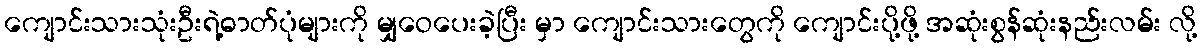
ကျောင်းသားသုံးဦးရဲ့ဓာတ်ပုံများကို မျှဝေပေးခဲ့ပြီး မှာ ကျောင်းသားတွေကို ကျောင်းပို့ဖို့ အဆုံးစွန်ဆုံးနည်းလမ်း လို့